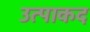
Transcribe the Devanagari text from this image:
उत्पाकद